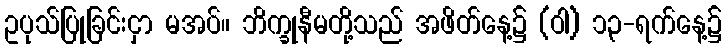
ဥပုသ်ပြုခြင်းငှာ မအပ်။ ဘိက္ခုနီမတို့သည် အဖိတ်နေ့၌ (ဝါ) ၁၃-ရက်နေ့၌